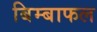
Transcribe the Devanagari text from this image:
बिम्बाफल